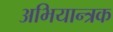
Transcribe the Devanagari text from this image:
अभियान्त्रक